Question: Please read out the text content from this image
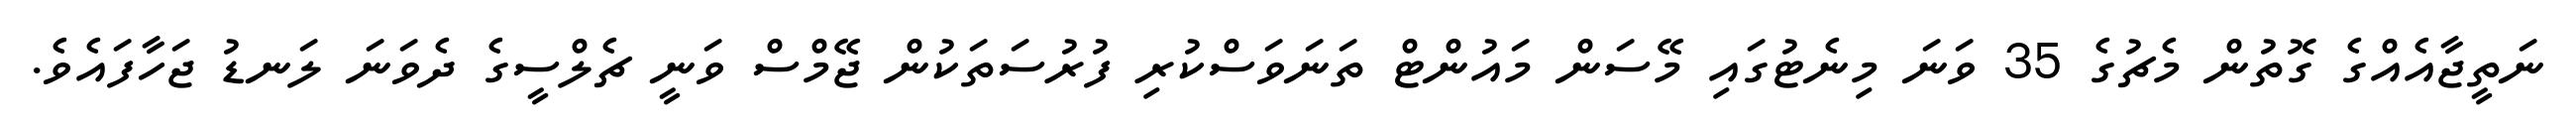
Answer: ނަތީޖާއެއްގެ ގޮތުން މެޗުގެ 35 ވަނަ މިނެޓުގައި މޭސަން މައުންޓް ތަނަވަސްކުރި ފުރުސަތަކުން ޖޭމްސް ވަނީ ޗެލްސީގެ ދެވަނަ ލަނޑު ޖަހާފައެވެ.